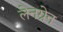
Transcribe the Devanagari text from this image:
लेनग्रेन